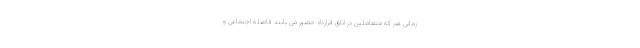
زمانی هم که متعاملین در اتاق قرارداد حضور می یابند فاصله اجتماعی و